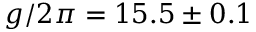
g / 2 \pi = 1 5 . 5 \pm 0 . 1